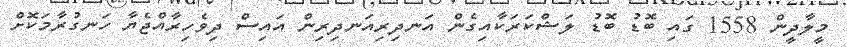
މީލާދީން 1558 ގައި ބޮޑު ބޮޑު ލަޝްކަރަކާއިގެން އަނދިރިއަނދިރިން އައިސް ދިވެހިރާއްޖެޔާ ހަނގުރާމަކޮށް